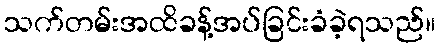
သက်တမ်းအထိခန့်အပ်ခြင်းခံခဲ့ရသည်။